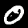
Digit: 0